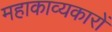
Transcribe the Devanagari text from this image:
महाकाव्यकारों